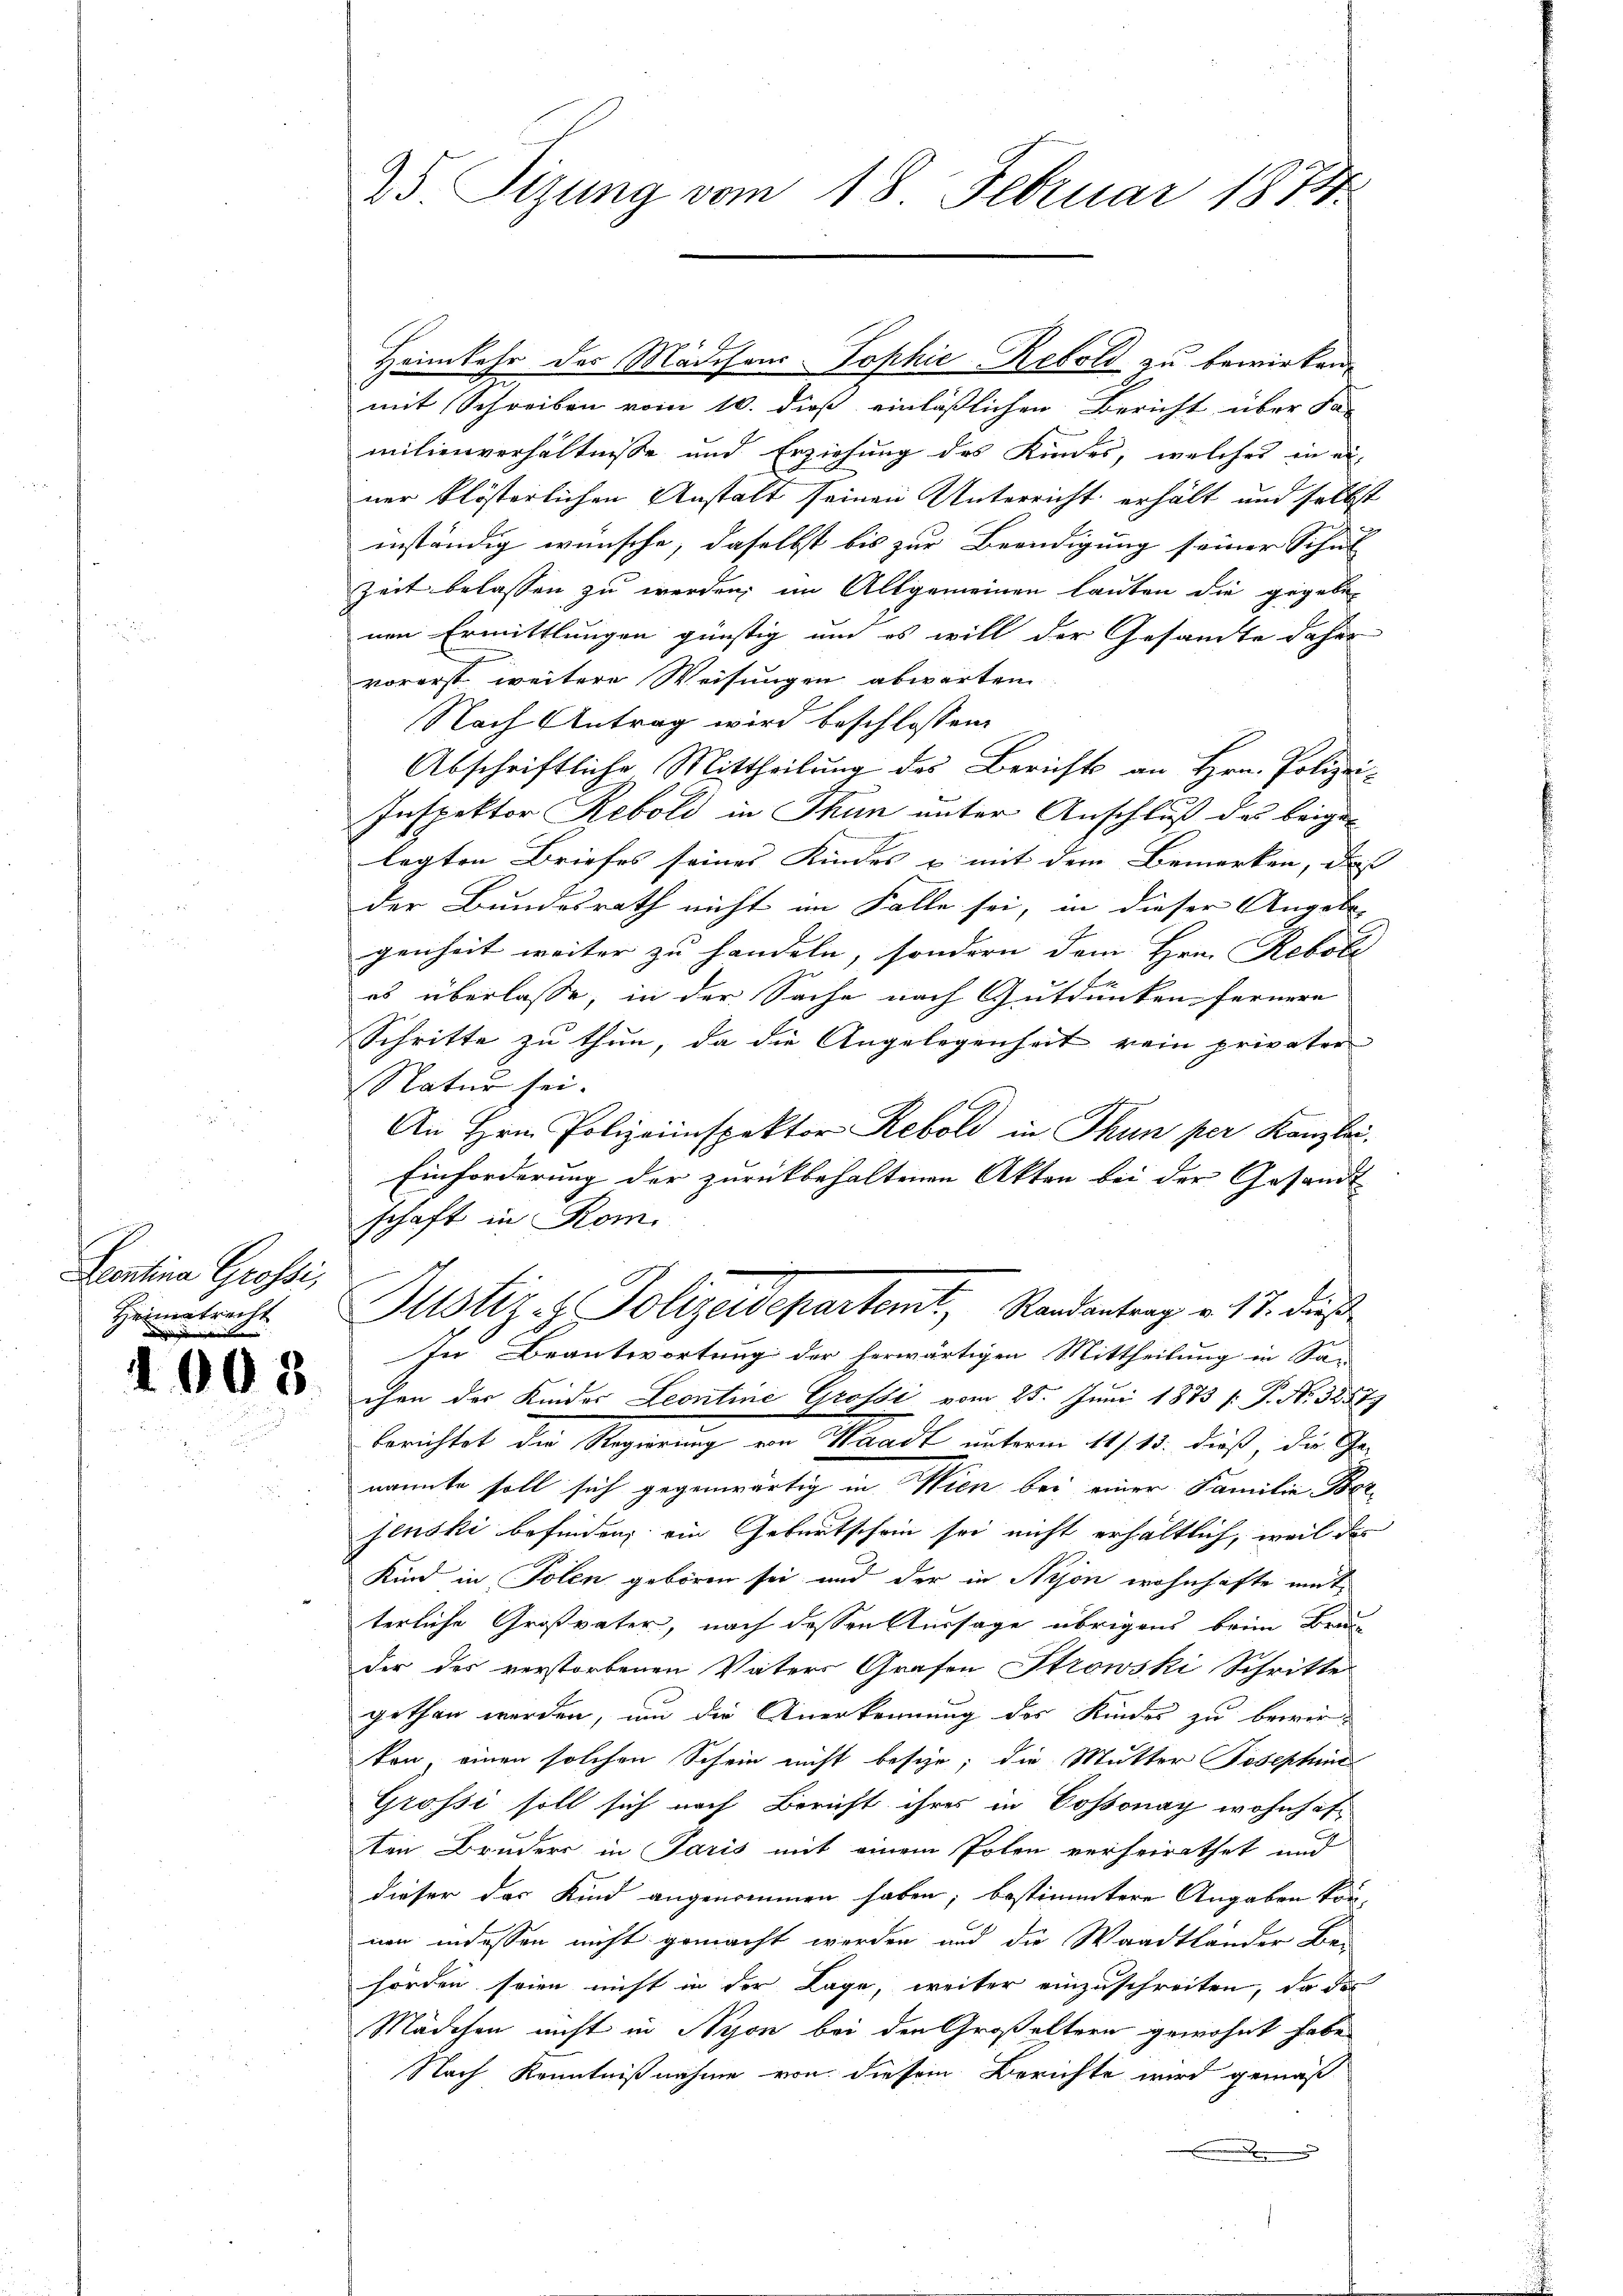
Lentina Grossi,
Heimatrecht.

1008

25. Sizung vom 18. Februar 1874.

mit Schreiben vom 10. dieß einläßlichen Bericht über da-
milienverhältnisse und Erziehung des Kindes, welches in einer klösterlichen Anstalt seinen Unterricht erhält und selbst
mnständig wünsche, daselbst bis zur Beendigung seiner Schul
Zeit belassen zu werden, im Allgemeinen lauten die gegeben
nen Ermittlungen günstig um es will der Gesamte daher
vorerst weitere Weisungen abwarten
Nach Antrag wird beschlossen:
Abschriftliche Mittheilung des Berichts an Hrn. Polizei-
Inspektor Rebold in Thun unter Anschluß des beigen
lagten Briefes seines Kindes u mit dem Bemerken, das
der Bundesrath nicht im Falle sei, in dieser Angabe
genheit weiter zu handeln, sondern dem Hrn. Rebole
es überlasse, in der Sache nach Gutdünken fernere
Schritte zu thun, da die Angelegenheit rein privater
Natur sei.
An Hrn. Polizeinspektor Rebold in Thun per Kanzlei.
Einforderung der zurückbehaltenen Akten bei der Gesand
schaft in Rom.
Justiz & Polizeidepartemt, Randantrag v. 17. dieß
In Beantwortung der herwärtigen Mittheilung in Sa-
chen der Kinder Leontine Grossi vom 25. Juni 1873 /: P. No. 32577
berichtet die Regierung von Waadt unterm 11/13. dieß die Genannte soll sich gegenwärtig in Wien bei einer Familie Ber
fenski befinden; ein Geburtschein sei nicht erhältlich, weil des
Kind in Polen geboren sei und der in Nyon wohnhafte mitterliche Großvater, nach dessen Aussage übrigens beim Brunn
der des verstorbenen Vaters Grafen Strowski Schritte
gethan werden, und die Anerkennung des Kindes zu bewirkon einen solchen Schein nicht besche; die Mutter Josephine
Grossi soll sich nach Bericht ihres in Cossonay wohnhaften Bruders in Paris mit einem Polen verheirathet und
dieser das Kind angenommen haben; bestimmtere Angaben können indessen nicht gemacht werden und die Waadtländer Be-
hörden seien nicht in der Lage, weiter einzuschreiten, da das
Mädchen nicht in Nyon bei den Großeltern gewohnt habe
Nach Kenntnißnahme von diesem Berichte wird gemäß

Heimkehr des Mädchens Sophie-Rebold zu bewirken,